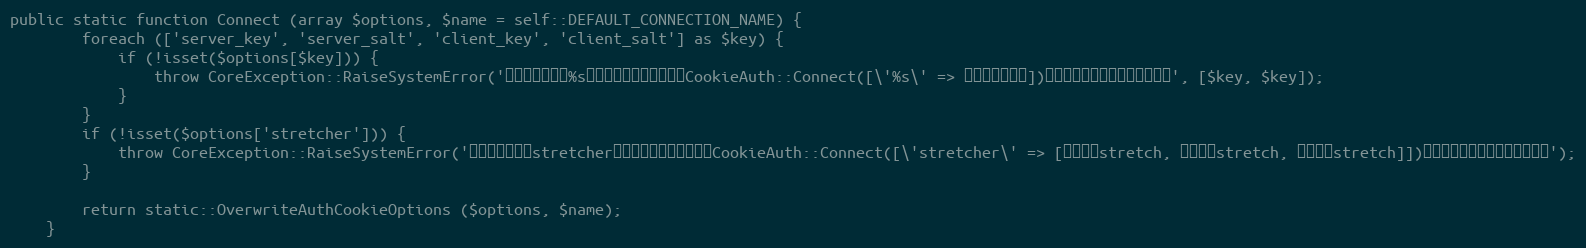
Language: PHP
public static function Connect (array $options, $name = self::DEFAULT_CONNECTION_NAME) {
		foreach (['server_key', 'server_salt', 'client_key', 'client_salt'] as $key) {
			if (!isset($options[$key])) {
				throw CoreException::RaiseSystemError('クッキー認証の%sが設定されていません。CookieAuth::Connect([\'%s\' => 任意のパスキー])として設定を行ってください。', [$key, $key]);
			}
		}
		if (!isset($options['stretcher'])) {
			throw CoreException::RaiseSystemError('クッキー認証のstretcherが設定されていません。CookieAuth::Connect([\'stretcher\' => [一つ目のstretch, 二つ目のstretch, 三つ目のstretch]])として設定を行ってください。');
		}

		return static::OverwriteAuthCookieOptions ($options, $name);
	}